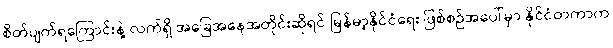
စိတ်ပျက်ရကြောင်းနဲ့ လက်ရှိ အခြေအနေအတိုင်းဆိုရင် မြန်မာ့နိုင်ငံရေး ဖြစ်စဉ်အပေါ်မှာ နိုင်ငံတကာက